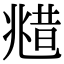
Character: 𠒮